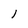
Character: l